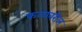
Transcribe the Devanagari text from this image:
फळावरील